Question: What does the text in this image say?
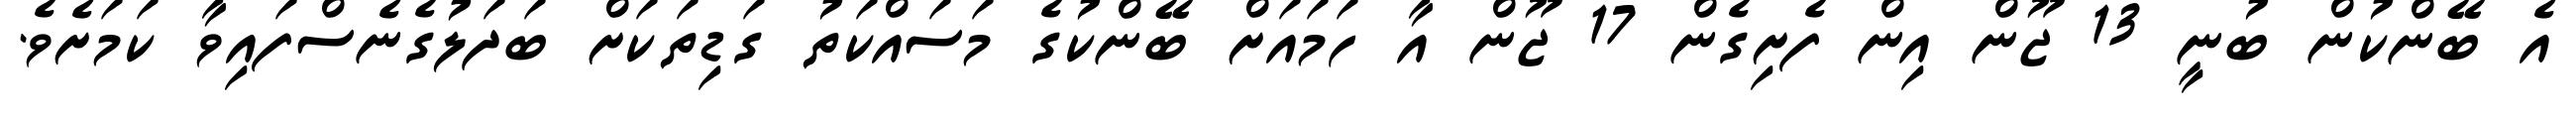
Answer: އެ ބޭންކުން ބުނީ 13 ޖޫން އިން ފެށިގެން 17 ޖޫން އާ ހަމައަށް ބޭންކުގެ މަސައްކަތު ގަޑިތަކަށް ބަދަލުގެނެސްފައިވާ ކަމަށެވެ.